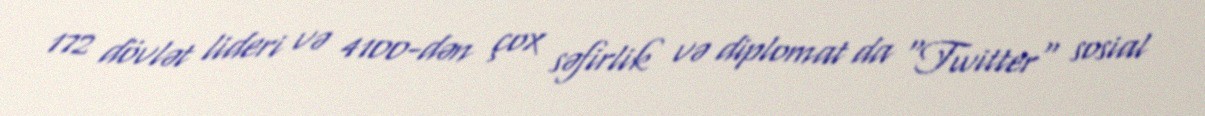
172 dövlət lideri və 4100-dən çox səfirlik və diplomat da "Twitter" sosial